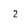
Character: 2